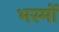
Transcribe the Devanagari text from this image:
भस्मों